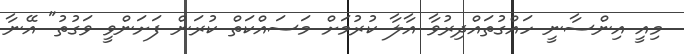
މިއީ އިންސާނީ ހައްގުތައްދިރުވާ އާލާ ކުރުމަށް މަސައްކަތް ކުރަން ފަށަންވީ ވަގުތު" އޭނާ